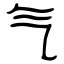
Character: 气